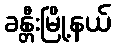
ခန္တီးမြို့နယ်